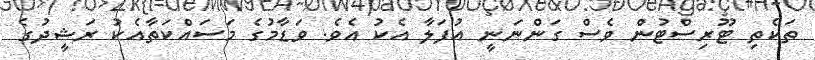
ތަކެތި ޓޫރިސްޓުން ވެސް ގަންނަނީ އުފަލާ އެކު އެވެ. ވަޑާމުގެ މަސައްކަތާއެކު ރަޝީދުގެ